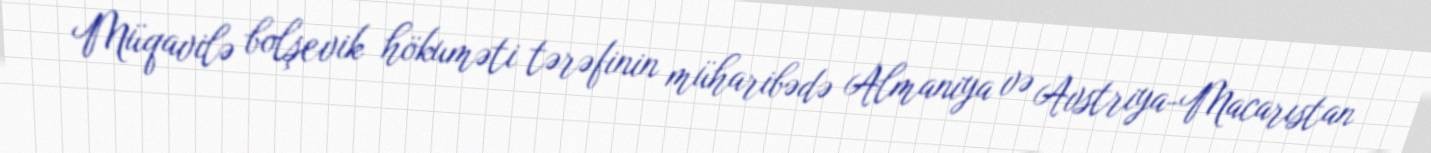
Müqavilə bolşevik hökuməti tərəfinin müharibədə Almaniya və Avstriya-Macarıstan